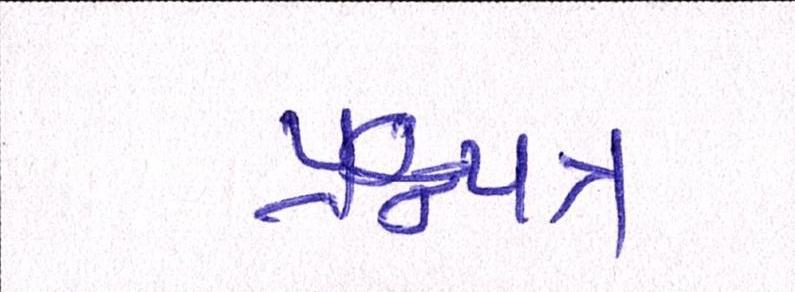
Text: પ્રશ્નપત્ર